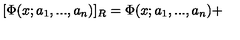
[ \Phi ( x ; a _ { 1 } , . . . , a _ { n } ) ] _ { R } = \Phi ( x ; a _ { 1 } , . . . , a _ { n } ) +